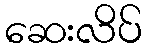
ဆေးလိပ်